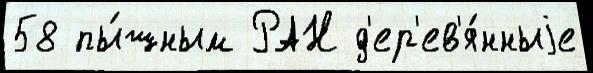
58 пы́шным РАН д'ер'ев'я́нныjе